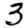
Digit: 3